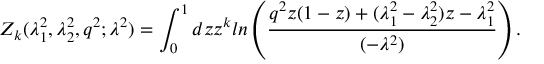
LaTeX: Z _ { k } ( \lambda _ { 1 } ^ { 2 } , \lambda _ { 2 } ^ { 2 } , q ^ { 2 } ; \lambda ^ { 2 } ) = \int _ { 0 } ^ { 1 } d z z ^ { k } l n \left( \frac { q ^ { 2 } z ( 1 - z ) + ( \lambda _ { 1 } ^ { 2 } - \lambda _ { 2 } ^ { 2 } ) z - \lambda _ { 1 } ^ { 2 } } { ( - \lambda ^ { 2 } ) } \right) .